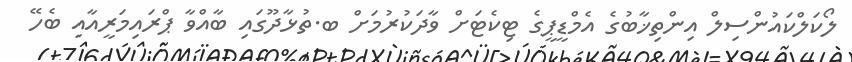
ލޯކަލްކައުންސިލް އިންތިޚާބުގެ އެމްޑީޕީގެ ޓިކެޓަށް ވާދަކުރުމަށް ބ.ތުޅާދޫގައި ބާއްވާ ޕްރައިމަރީއާއި ބެހޭ